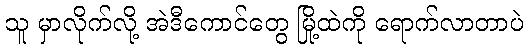
သူ မှာလိုက်လို့ အဲဒီကောင်တွေ မြို့ထဲကို ရောက်လာတာပဲ